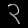
Digit: ၃